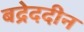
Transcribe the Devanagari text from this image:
बद्रेददीन